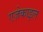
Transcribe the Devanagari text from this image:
एज़ेकाइल